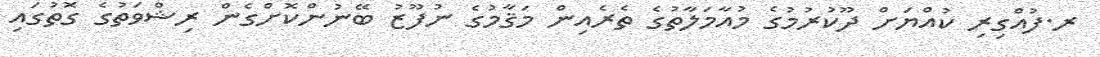
ރ.ފުއްގިރި ކުއްޔަށް ދޫކުރުމުގެ މުއާމަލާތުގެ ތެރެއިން މަޤާމުގެ ނުފޫޒު ބޭނުންކޮށްގެން ރިޝްވަތުގެ ގޮތުގައި